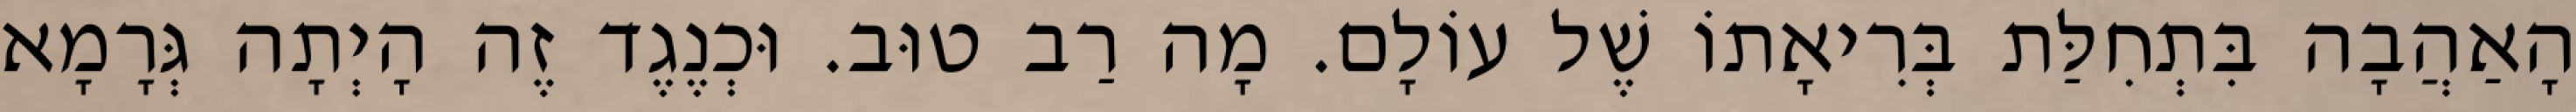
הָאַהֲבָה בִּתְחִלַּת בְּרִיאָתוֹ שֶׁל עוֹלָם. מָה רַב טוּב. וּכְנֶגֶד זֶה הָיְתָה גְּרָמָא